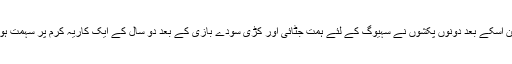
"لیکن اسکے بعد دونوں پکشوں نے سہیوگ کے لئے ہمت جٹائی اور کڑی سودے بازی کے بعد دو سال کے ایک کاریہ کرم پر سہمت ہوئے۔